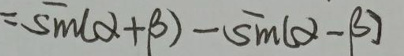
$=\sin(\alpha +\beta)-\sin(\alpha -\beta)$